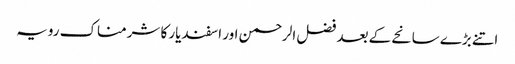
اتنے بڑے سانحے کے بعد فضل الرحمن اور اسفندیار کا شرمناک رویہ